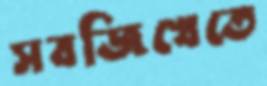
সবজিখেতে